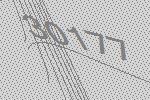
30177